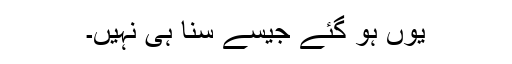
یوں ہو گئے جیسے سنا ہی نہیں۔